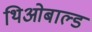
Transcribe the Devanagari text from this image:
थिओबाल्ड